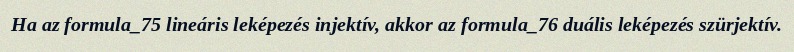
Ha az formula_75 lineáris leképezés injektív, akkor az formula_76 duális leképezés szürjektív.